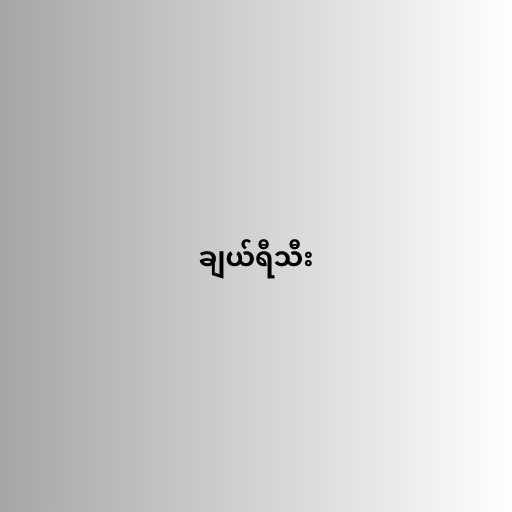
ချယ်ရီသီး